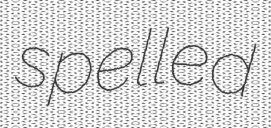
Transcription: spelled